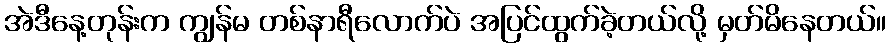
အဲဒီနေ့တုန်းက ကျွန်မ တစ်နာရီလောက်ပဲ အပြင်ထွက်ခဲ့တယ်လို့ မှတ်မိနေတယ်။